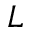
L